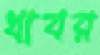
খাবর